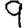
Digit: 9